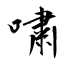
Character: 嘨